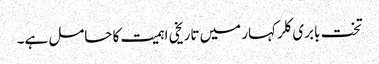
تخت بابری کلر کہار میں تاریخی اہمیت کا حامل ہے۔